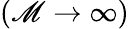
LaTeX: (\mathscr{M}\rightarrow\infty)